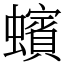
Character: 蠙